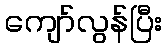
ကျော်လွန်ပြီး